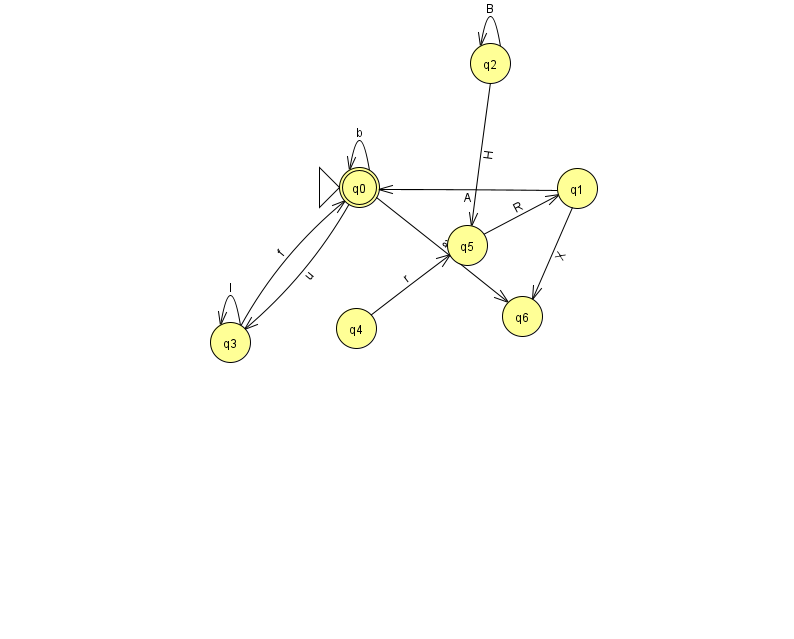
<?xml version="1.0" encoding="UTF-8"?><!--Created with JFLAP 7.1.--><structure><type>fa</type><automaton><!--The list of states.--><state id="0" name="q0"><x>359.0</x><y>174.0</y><initial/><final/></state><state id="1" name="q1"><x>577.0</x><y>175.0</y></state><state id="2" name="q2"><x>490.0</x><y>50.0</y></state><state id="3" name="q3"><x>230.0</x><y>329.0</y></state><state id="4" name="q4"><x>356.0</x><y>315.0</y></state><state id="5" name="q5"><x>467.0</x><y>232.0</y></state><state id="6" name="q6"><x>522.0</x><y>303.0</y></state><!--The list of transitions.--><transition><from>3</from><to>0</to><read>f</read></transition><transition><from>2</from><to>5</to><read>H</read></transition><transition><from>4</from><to>5</to><read>r</read></transition><transition><from>0</from><to>0</to><read>b</read></transition><transition><from>2</from><to>2</to><read>B</read></transition><transition><from>0</from><to>3</to><read>u</read></transition><transition><from>0</from><to>6</to><read>a</read></transition><transition><from>1</from><to>6</to><read>X</read></transition><transition><from>5</from><to>1</to><read>R</read></transition><transition><from>3</from><to>3</to><read>l</read></transition><transition><from>1</from><to>0</to><read>A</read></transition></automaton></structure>